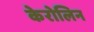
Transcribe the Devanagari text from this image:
केरोलिन